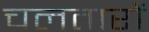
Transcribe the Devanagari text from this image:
चलतारों